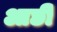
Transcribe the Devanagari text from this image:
आछी